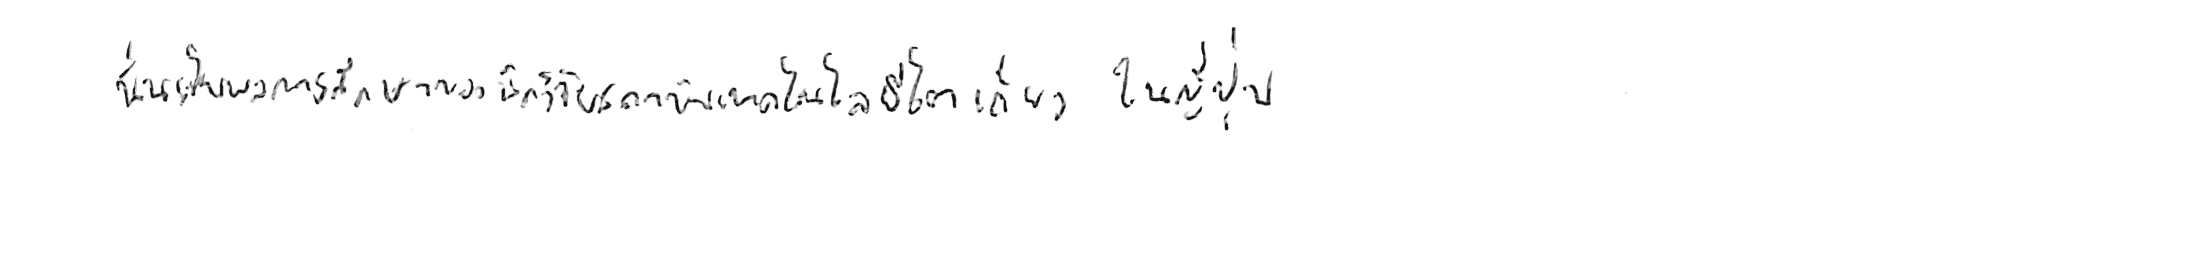
นั่นเป็นผลการศึกษาของนักวิจัยสถาบันเทคโนโลยีโตเกียว ในญี่ปุ่น